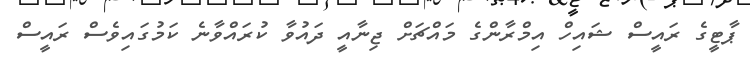
ޕާޓީގެ ރައީސް ޝައިހް އިމްރާންގެ މައްޗަށް ޖިނާއީ ދައުވާ ކުރައްވާނެ ކަމުގައިވެސް ރައީސް